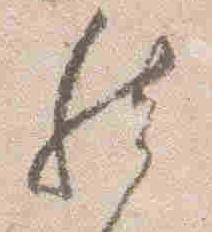
然